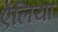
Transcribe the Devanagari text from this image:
ऐंलिया